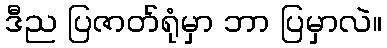
ဒီည ပြဇာတ်ရုံမှာ ဘာ ပြမှာလဲ။